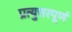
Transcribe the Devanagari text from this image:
प्रत्युत्तरपूर्ण